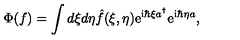
\Phi ( f ) = \int d \xi d \eta \hat { f } ( \xi , \eta ) \mathrm { e } ^ { \mathrm { i } \hbar \xi a ^ { \dagger } } \mathrm { e } ^ { \mathrm { i } \hbar \eta a } ,